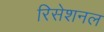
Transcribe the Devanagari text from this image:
रिसेशनल